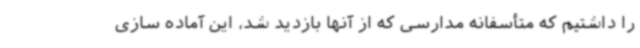
را داشتیم که متأسفانه مدارسی که از آنها بازدید شد، این آماده سازی